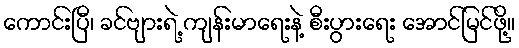
ကောင်းပြီ၊ ခင်ဗျားရဲ့ ကျန်းမာရေးနဲ့ စီးပွားရေး အောင်မြင်ဖို့။